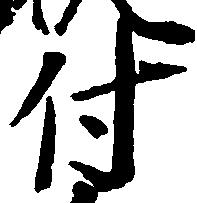
付